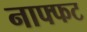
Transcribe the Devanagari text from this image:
नाफ्फट